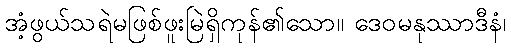
အံ့ဖွယ်သရဲမဖြစ်ဖူးမြဲရှိကုန်၏သော။ ဒေဝမနုဿာဒီနံ၊